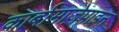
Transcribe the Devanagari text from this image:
कार्बामाज़ेपाइन